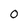
Character: o